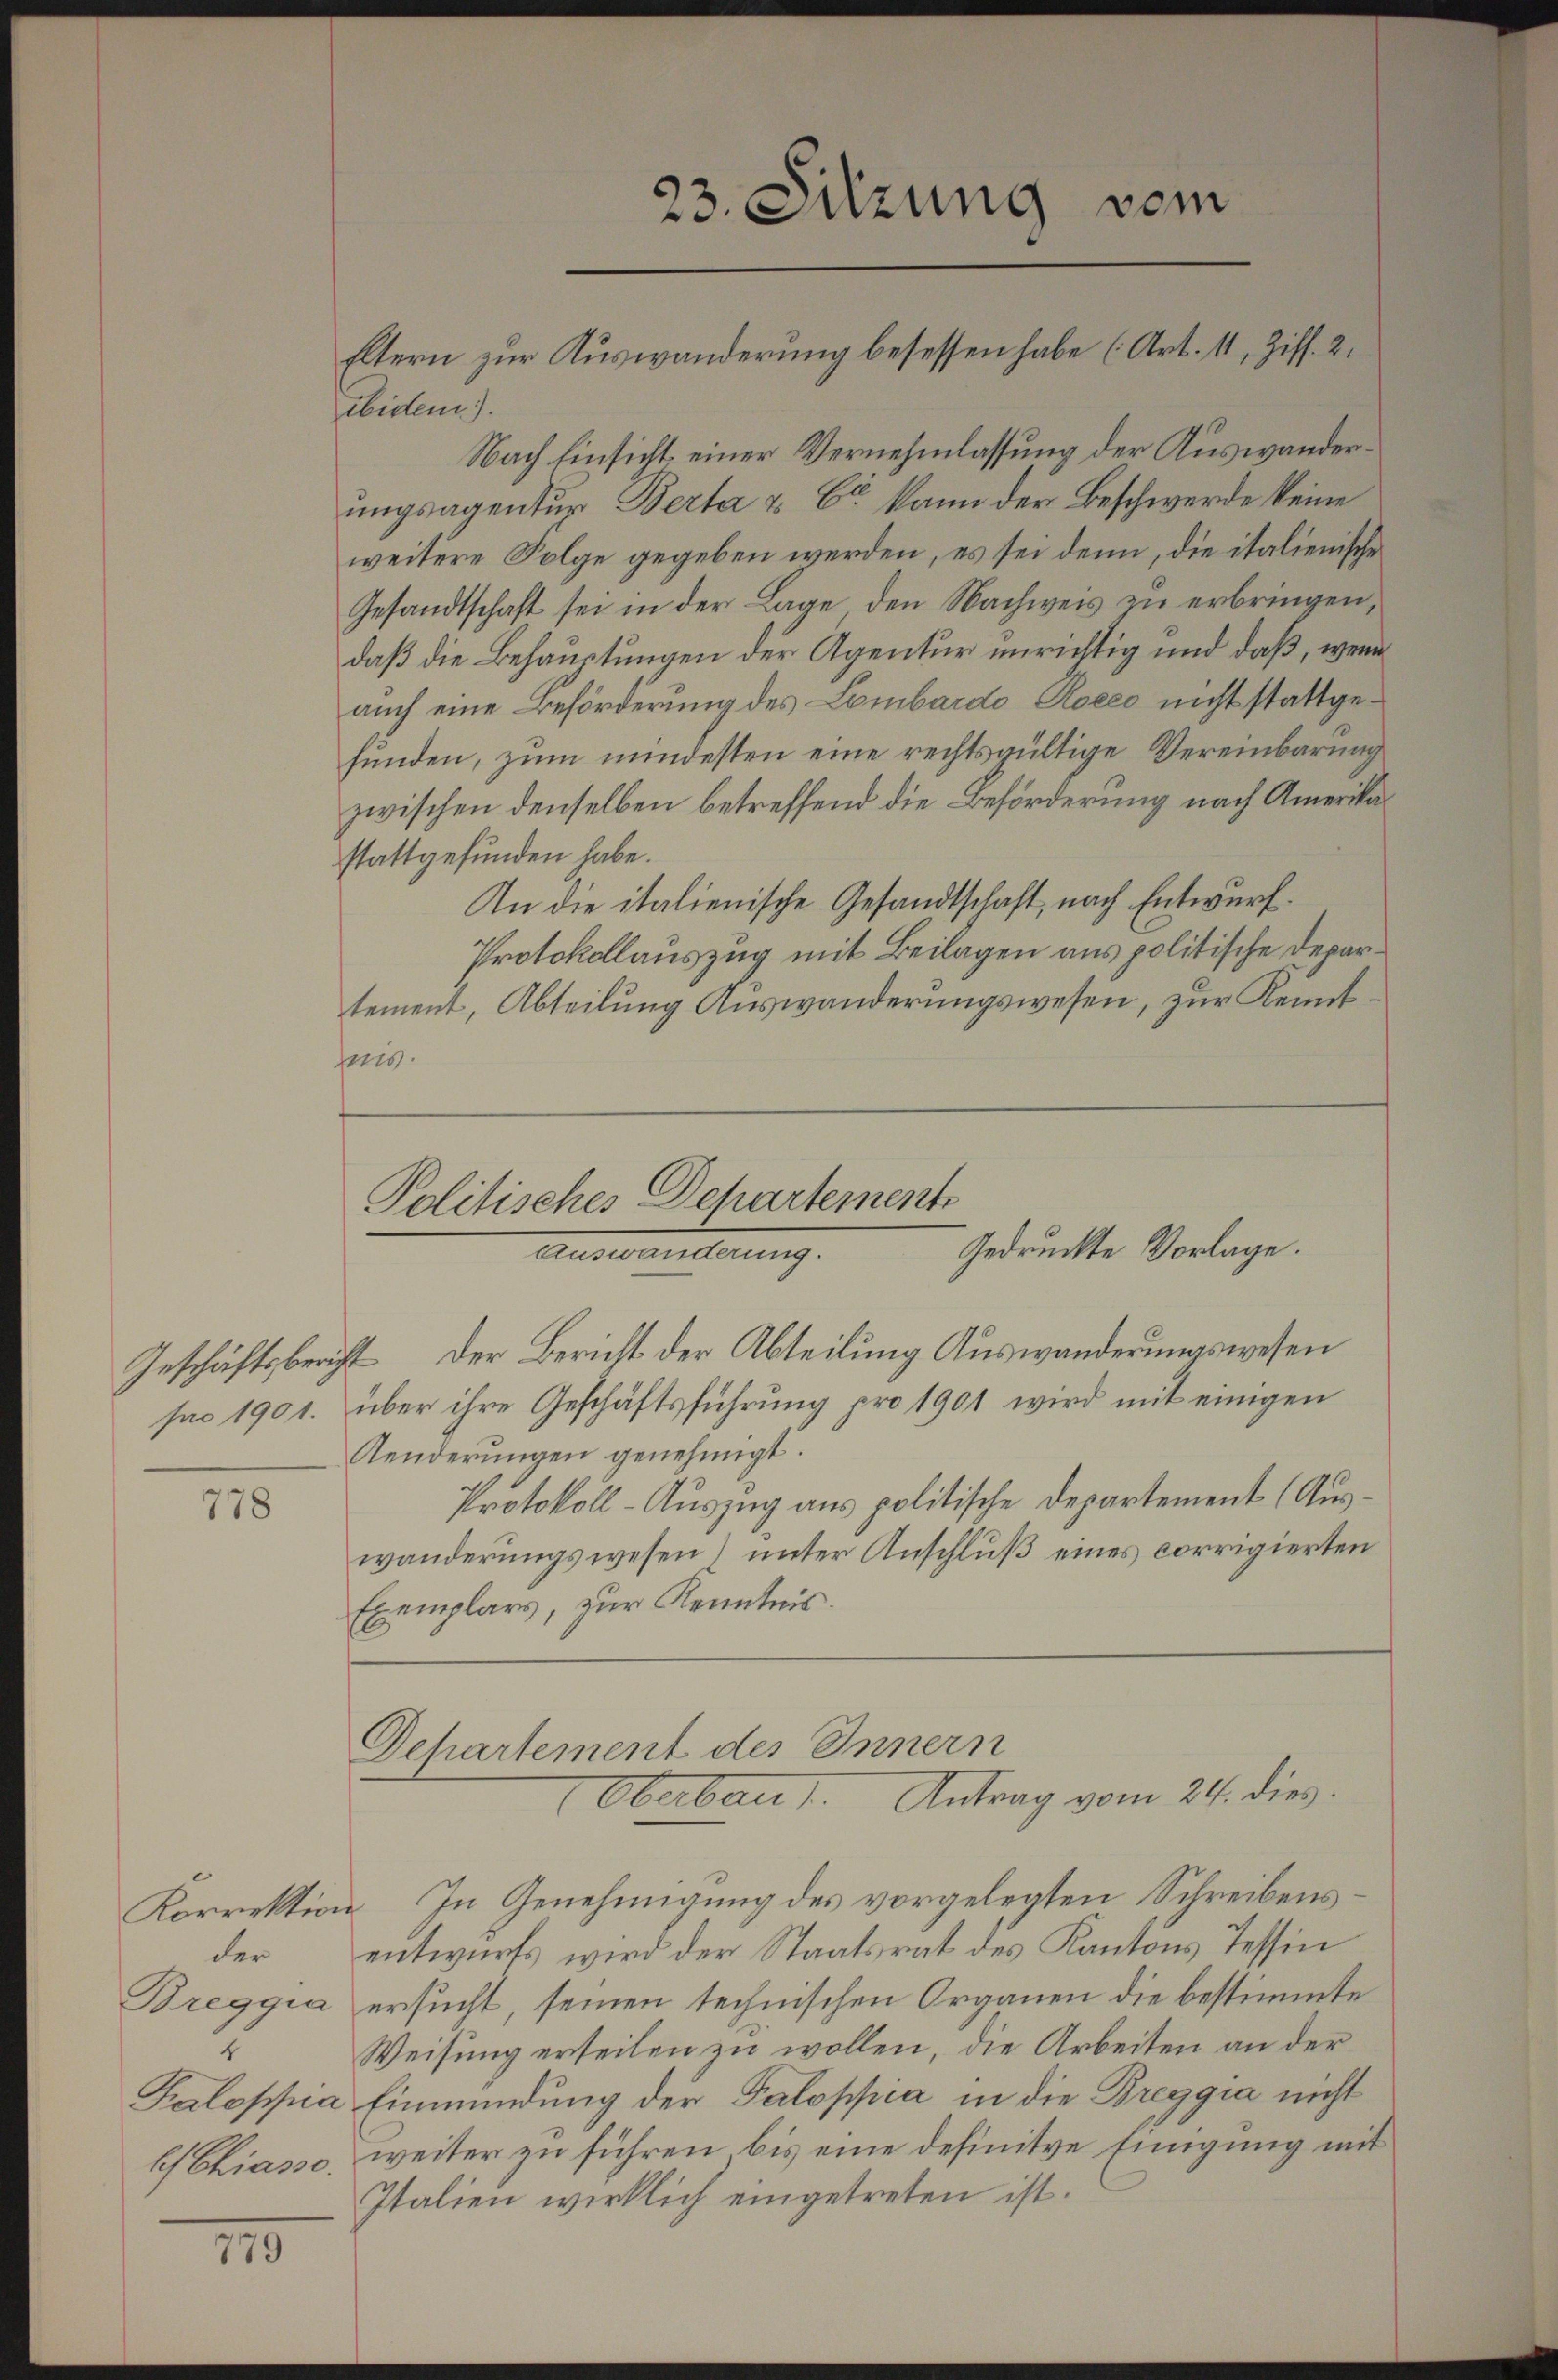
778

der
Breggia
1
ls Chiasso.

110

ibidem).
Nach Einsicht einer Vernehmlassung der Auswanderungsagentur Berta u. Er kann der Beschwerde keine
weitere Folge gegeben werden, es sei denn, die italienische
Gesandtschaft sei in der Lage, den Nachweis zu erbringen,
daß die Behauptungen der Agentur unrichtig und daß, wenn
auch eine Beförderung des Lombardo Aseeo nicht stattgefunden, zum mindesten eine rechtsgültige Vereinbarung
zwischen denselben betreffend die Beförderung nach Amerikastattgefunden habe.
An die italienische Gesandtschaft, nach Entwurf.
Protokollauszug mit Beilagen aus politische Departement, Abteilung Auswanderungswesen, zur Kenntmis.

23. Sitzung vom
Eltern zur Auswanderung besessen habe (Art. 11, Ziff. 2

Politisches Departement
Gedruckte Vorlage.
Auswanderung.

Geschäftsbericht der Bericht der Abteilung Auswanderungswesen
sao 1901. über ihre Geschäftsführung pro 1901 wird mit einigen
Aenderungen genehmigt.
Protokoll-Auszug aus politische Departement (Auswanderungswesen) unter Anschluß eines corrigierten
Exemplars, zur Kenntnis.

Dehartement des Innern
Oberbaut. Antrag vom 24. dies

Korrektion. In Genehmigung des vorgelegten Schreibensentwurfs wird der Staatsrat des Kantons Tessin
ersucht, seinen technischen Organen die bestimmte
Weisung erteilen zu wollen, die Arbeiten an der
Paloppia Einmündung der Paloppia in die Breggia nicht
weiter zu führen bis eine definitve Einigung mit
Italien wirklich eingetreten ist.